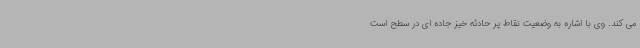
می کند. وی با اشاره به وضعیت نقاط پر حادثه خیز جاده ای در سطح است